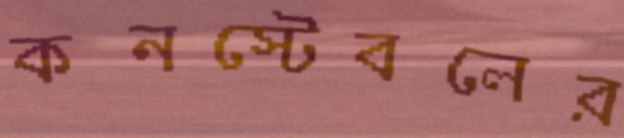
কনস্টেবলের